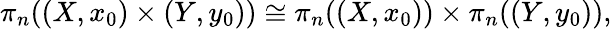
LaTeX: \pi_{n}((X,x_{0})\times(Y,y_{0}))\cong\pi_{n}((X,x_{0}))\times\pi_{n}((Y,y_{0})),